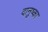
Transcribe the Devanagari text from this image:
दानुष्का